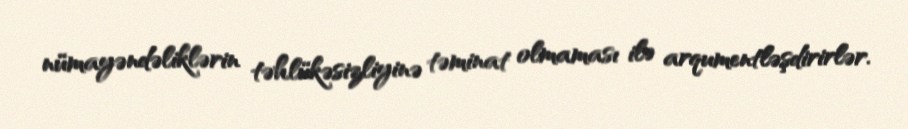
nümayəndəliklərin təhlükəsizliyinə təminat olmaması ilə arqumentləşdirirlər.